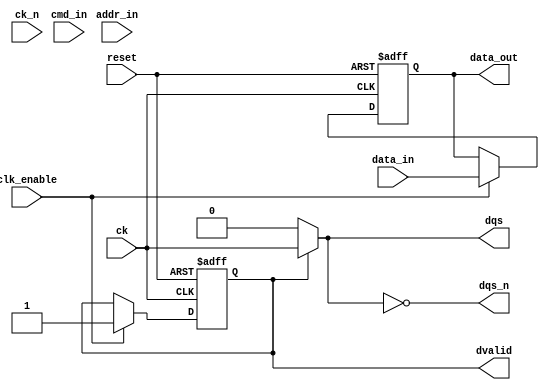
module gddr5_io_block #(
    parameter CHANNELS = 1,         // Number of channels (1 to 8)
    parameter DATA_WIDTH = 8,        // Data width per channel
    parameter DQS_DELAY = 2           // DQS delay for write leveling
)(
    input wire [CHANNELS*DATA_WIDTH-1:0] data_in,       // Data input
    output wire [CHANNELS*DATA_WIDTH-1:0] data_out,      // Data output
    input wire [CHANNELS-1:0] cmd_in,                     // Command input
    input wire [CHANNELS-1:0] addr_in,                    // Address input
    input wire [CHANNELS-1:0] ck,                          // Clock input
    input wire [CHANNELS-1:0] ck_n,                        // Inverted clock input
    output wire [CHANNELS-1:0] dqs,                        // Data Strobe output
    output wire [CHANNELS-1:0] dqs_n,                      // Inverted Data Strobe output
    output wire [CHANNELS-1:0] dvalid,                     // Data Valid output
    input wire reset,                                       // Reset signal
    input wire clk_enable                                   // Clock enable for power management
);

    // Internal signals
    reg [CHANNELS*DATA_WIDTH-1:0] data_buffer;
    reg [CHANNELS-1:0] dqs_reg;
    reg [CHANNELS-1:0] dvalid_reg;

    // Clock management and data transfer
    always @(posedge ck or negedge reset) begin
        if (!reset) begin
            data_buffer <= 0;
            dvalid_reg <= 0;
        end else if (clk_enable) begin
            // Sample data on rising edge of CK
            data_buffer <= data_in;
            dvalid_reg <= 1; // Indicate data is valid
        end
    end

    // Generate DQS and DQS# signals
    generate
        genvar i;
        for (i = 0; i < CHANNELS; i = i + 1) begin : dqs_gen
            assign dqs[i] = dvalid_reg[i] ? ck[i] : 1'b0; // DQS signal
            assign dqs_n[i] = ~dqs[i];                     // Inverted DQS signal
            assign data_out[i*DATA_WIDTH +: DATA_WIDTH] = data_buffer[i*DATA_WIDTH +: DATA_WIDTH]; // Output data
            assign dvalid[i] = dvalid_reg[i];              // Data valid output
        end
    endgenerate

    // Command and address handling (simplified)
    always @(posedge ck or negedge reset) begin
        if (!reset) begin
            // Reset logic for command and address
        end else if (clk_enable) begin
            // Handle commands and addresses
            // This section would include state machine logic for read/write operations
        end
    end

    // Power management (simplified)
    always @(posedge ck or negedge reset) begin
        if (!reset) begin
            // Reset power management logic
        end else if (!clk_enable) begin
            // Power down logic
        end
    end

endmodule